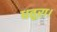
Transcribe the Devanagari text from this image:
धतूरा।